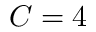
C = 4